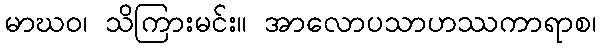
မာဃဝ၊ သိကြားမင်း။ အာလောပသာဟဿကာရာစ၊